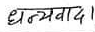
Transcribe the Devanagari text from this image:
धन्यवाद।